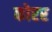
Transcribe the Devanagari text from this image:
कोरर